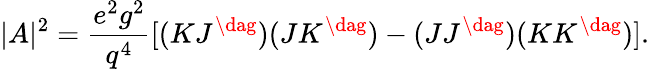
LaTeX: |A|^{2}={\frac{e^{2}g^{2}}{q^{4}}}[(KJ^{\dag})(JK^{\dag})-(JJ^{\dag})(KK^{\dag})].